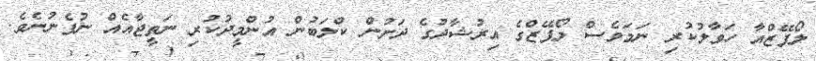
ލޯޕޭޒްއާ ހަވާލުކުރި ނަމަވެސް ލޯޕޭޒްގެ އިރުޝާދުގެ ދަށުން ކްލަބުން އުންމީދުކުރި ނަތީޖާއެއް ނުފެނުނެވެ.